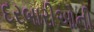
દરબારીઓની